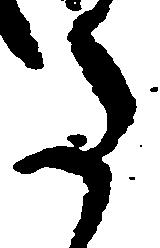
た